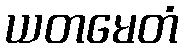
ယတမေတံ